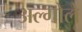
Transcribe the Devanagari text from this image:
अल्गोले